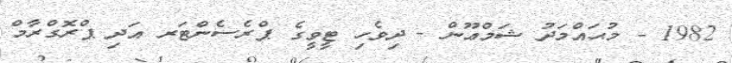
1982 - މުޙައްމަދު ޝަމްޢޫން - ދިވެހި ޓީވީގެ ޕްރެސެންޓަރ އަދި ޕްރޮގްރާމް